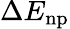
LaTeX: \Delta E_{\mathrm{np}}